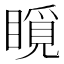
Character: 𥊋